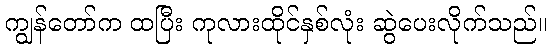
ကျွန်တော်က ထပြီး ကုလားထိုင်နှစ်လုံး ဆွဲပေးလိုက်သည်။